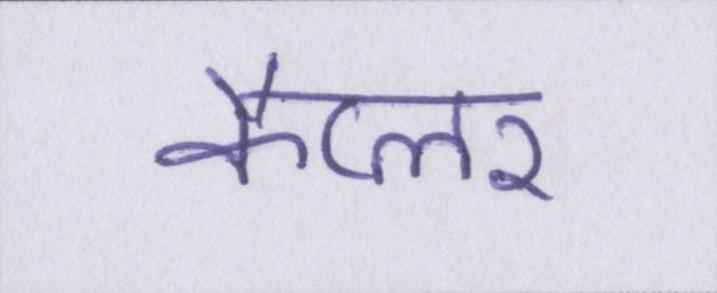
कैप्लर